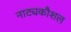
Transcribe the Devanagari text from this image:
नाट्यकौशल